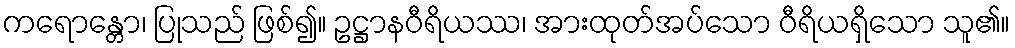
ကရောန္တော၊ ပြုသည် ဖြစ်၍။ ဥဋ္ဌာနဝီရိယဿ၊ အားထုတ်အပ်သော ဝီရိယရှိသော သူ၏။